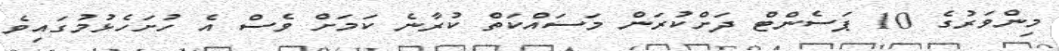
މިންވަރުގެ 10 ޕަސެންޓް ދަށްކުރަން މަސައްކަތް ކުރާނެ ކަމަށް ވެސް އެ ހުށަހެޅުމުގައިވެ